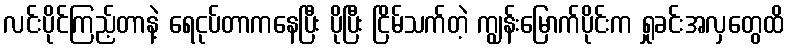
လင်းပိုင်ကြည့်တာနဲ့ ရေငုပ်တာကနေပြီး ပိုပြီး ငြိမ်သက်တဲ့ ကျွန်းမြောက်ပိုင်းက ရှုခင်းအလှတွေထိ